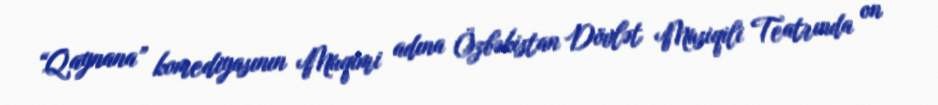
“Qaynana” komediyasının Muqimi adına Özbəkistan Dövlət Musiqili Teatrında on